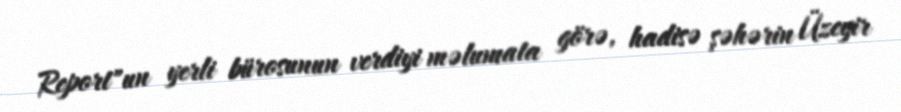
Report"un yerli bürosunun verdiyi məlumata görə, hadisə şəhərin Üzeyir